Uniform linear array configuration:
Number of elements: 24
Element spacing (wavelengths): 0.25
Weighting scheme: blackman
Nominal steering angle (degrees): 15
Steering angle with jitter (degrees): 13.884
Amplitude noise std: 0.05
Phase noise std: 0.05

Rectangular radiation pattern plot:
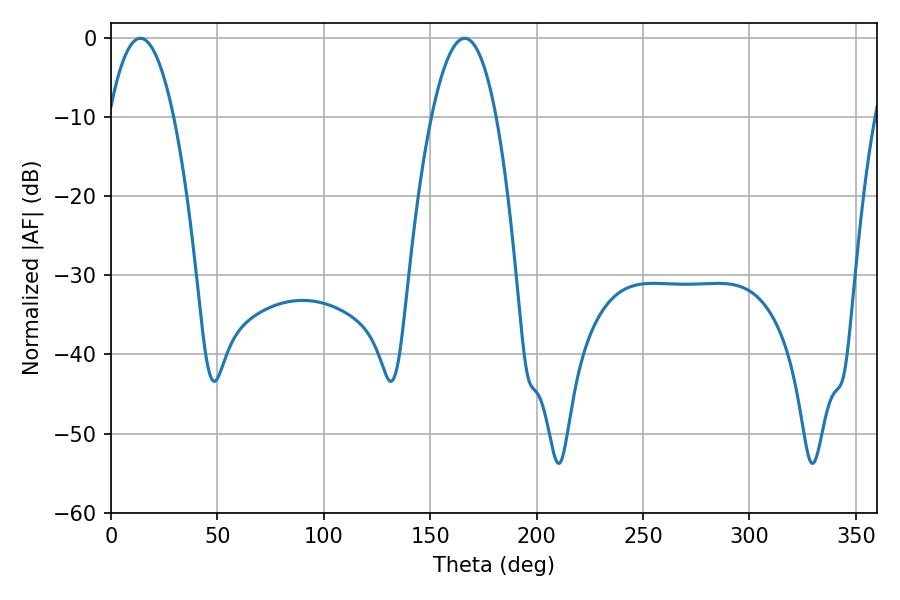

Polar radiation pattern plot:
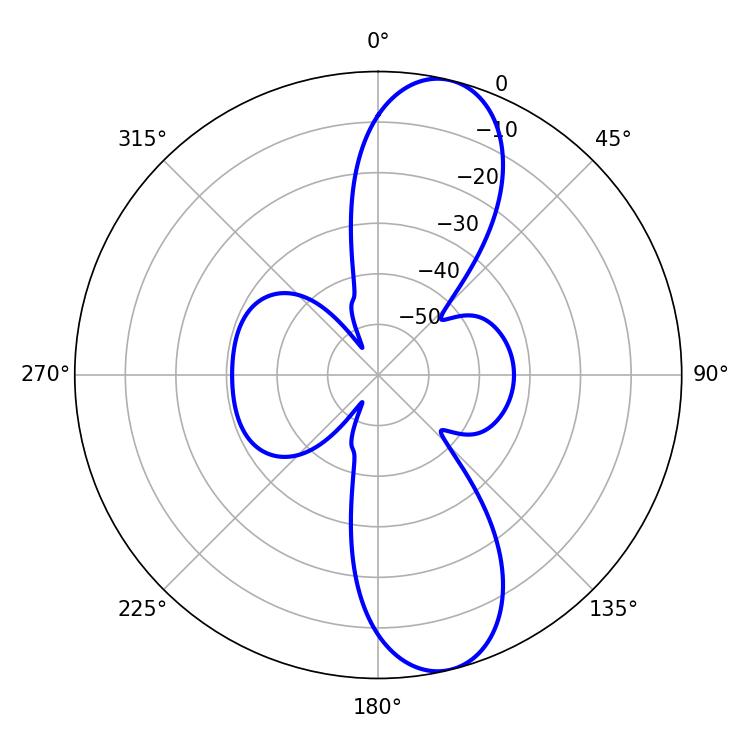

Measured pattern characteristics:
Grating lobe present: FALSE
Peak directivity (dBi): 11.233
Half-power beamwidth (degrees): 16.74
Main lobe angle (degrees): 13.86